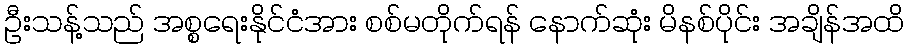
ဦးသန့်သည် အစ္စရေးနိုင်ငံအား စစ်မတိုက်ရန် နောက်ဆုံး မိနစ်ပိုင်း အချိန်အထိ